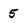
Character: 5